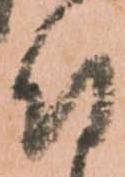
付